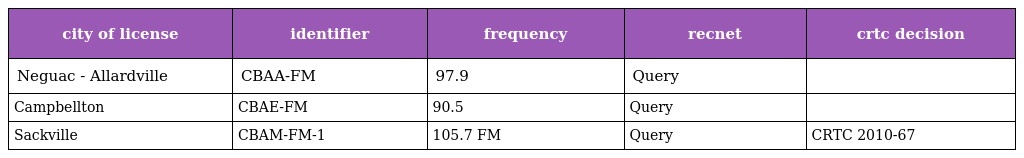
| city of license | identifier | frequency | recnet | crtc decision |
 | --- | --- | --- | --- | --- |
 | Neguac - Allardville | CBAA-FM | 97.9 | Query |  |
 | Campbellton | CBAE-FM | 90.5 | Query |  |
 | Sackville | CBAM-FM-1 | 105.7 FM | Query | CRTC 2010-67 |